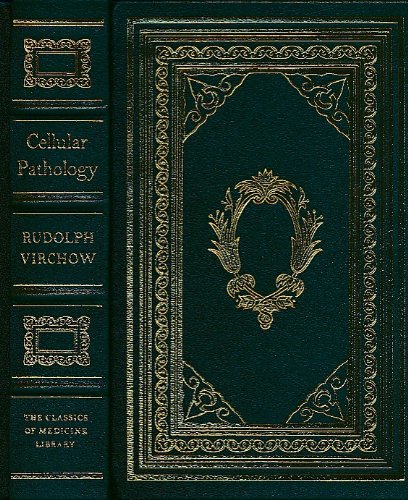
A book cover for Cellular Pathology; Prof. Rudolph Virchow; Medical Books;